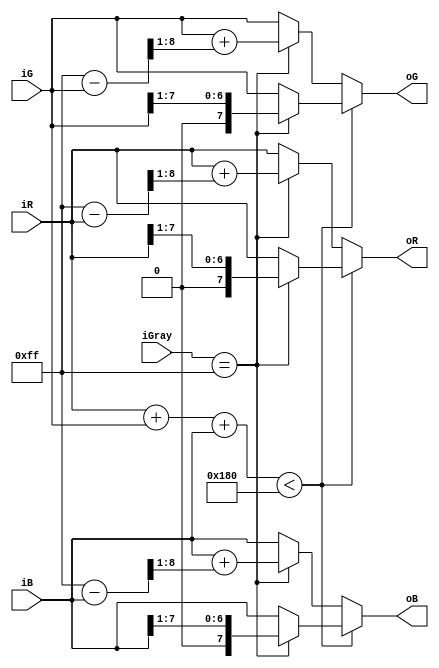
module Blend(
	iR,
	iG,
	iB,
	iGray,
	oR,
	oG,
	oB
);
input		[7:0]	iR;
input		[7:0]	iG;
input		[7:0]	iB;
input  		[7:0]	iGray;
output reg  [7:0]   oR;
output reg  [7:0]   oG;
output reg  [7:0]   oB;

wire [9:0] sum;
assign sum = iR + iG + iB;
always @(*) begin
	if(sum < 384)begin
		oR = (iGray==255) ? (iR >> 1) : iR; 
		oG = (iGray==255) ? (iG >> 1) : iG;
		oB = (iGray==255) ? (iB >> 1) : iB; 
	end // if(sum < 384)
	else begin
		oR = (iGray==255) ? (iR + ((255-iR) >> 1)) : iR; 
		oG = (iGray==255) ? (iG + ((255-iG) >> 1)) : iG;
		oB = (iGray==255) ? (iB + ((255-iB) >> 1)) : iB;
	end // else
end

endmodule // HSI